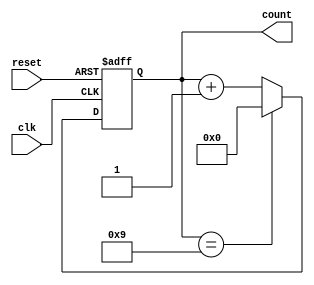
module decade_counter (
    input wire clk,       // Clock input
    input wire reset,     // Asynchronous reset input
    output reg [3:0] count // 4-bit output for count
);

    // Always block triggered by the clock for counting
    always @(posedge clk or posedge reset) begin
        if (reset) begin
            count <= 4'b0000; // Reset count to 0
        end else begin
            if (count == 4'b1001) begin
                count <= 4'b0000; // Reset to 0 after reaching 9
            end else begin
                count <= count + 1; // Increment count
            end
        end
    end

endmodule